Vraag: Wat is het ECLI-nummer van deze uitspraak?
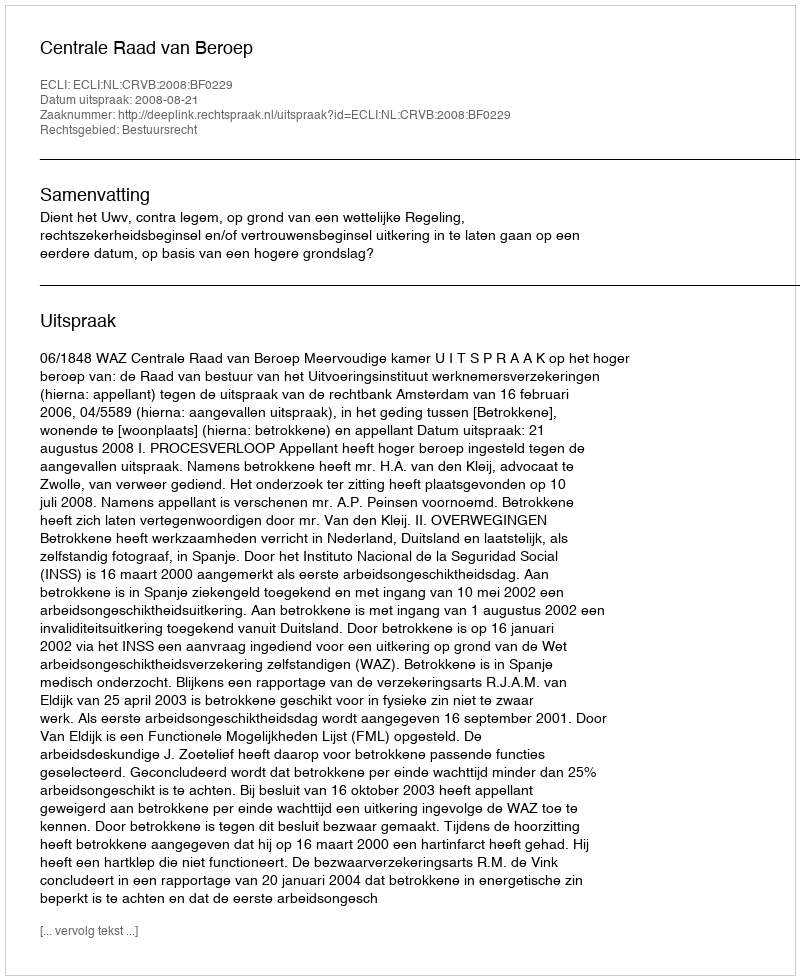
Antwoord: ECLI:NL:CRVB:2008:BF0229